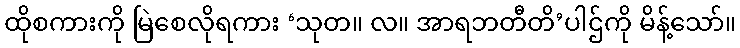
ထိုစကားကို မြဲစေလိုရကား ‘သုတ။ လ။ အာရဘတီတိ’ပါဌ်ကို မိန့်သော်။